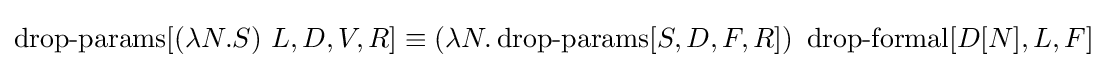
\operatorname {drop-params} [(\lambda N.S)\ L,D,V,R]\equiv (\lambda N.\operatorname {drop-params} [S,D,F,R])\ \operatorname {drop-formal} [D[N],L,F]